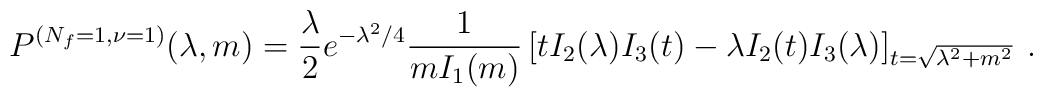
P^{(N_f=1,\nu=1)}(\lambda,m)=\frac{\lambda}{2}  e^{-\lambda^2/4}\frac{1}{mI_1(m)}  \left[tI_2(\lambda)I_3(t)-\lambda I_2(t)I_3(\lambda)  \right]_{t=\sqrt{\lambda^2+m^2}}\:.